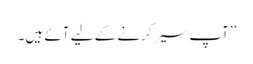
’’آپ سیر کرنے کے لیے آئے ہیں۔